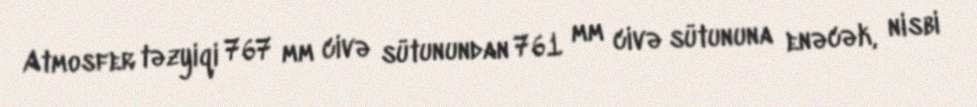
Atmosfer təzyiqi 767 mm civə sütunundan 761 mm civə sütununa enəcək, nisbi